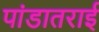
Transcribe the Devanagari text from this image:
पांडातराई